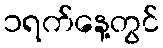
၁ရက်နေ့တွင်